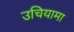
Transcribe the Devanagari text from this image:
उचियामा